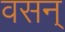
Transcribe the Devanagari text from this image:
वसन्